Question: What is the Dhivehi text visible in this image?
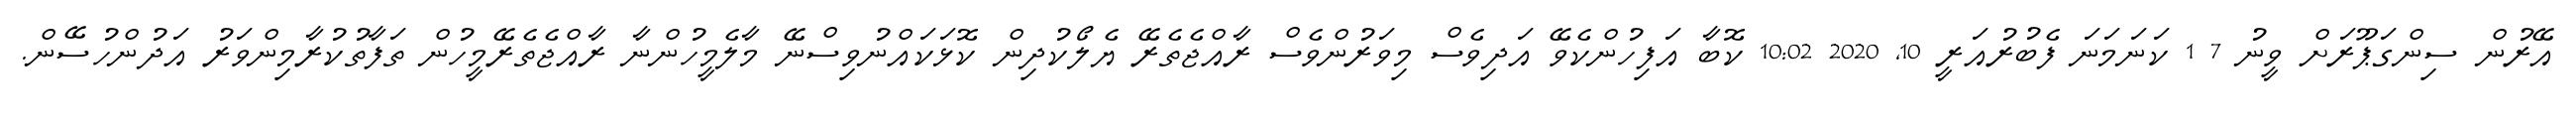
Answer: އޭރުން ސިންގަޕޫރަށް ވީނު 7 1 ކަނަމަނަ ފެބުރުއަރީ 10, 2020 10:02 ކޮބާ އަފިހުންކެވޭ އަދިވެސް މިވަރުންވެސް ރާއްޖެތެރޭ ޔެލޯކުދިން ކޮޅަކައްނުވިސްނޭ މާލެމީހުންނާ ރާއްޖެތެރޭމީހުން ތަފާތުކުރާމިންވަރު އަދުންހުސޭން.